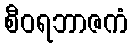
စီဝရဘာဇကံ